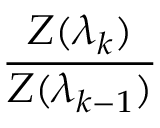
\frac { Z ( \lambda _ { k } ) } { Z ( \lambda _ { k - 1 } ) }